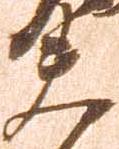
夫